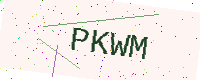
Text: PKWM